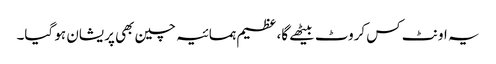
یہ اونٹ کس کروٹ بیٹھے گا، عظیم ہمسائیہ چین بھی پریشان ہو گیا۔